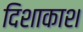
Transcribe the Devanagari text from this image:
दिशाकाश